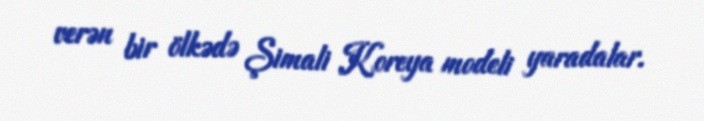
verən bir ölkədə Şimali Koreya modeli yaradalar.